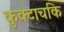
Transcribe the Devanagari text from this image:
कुक्टाचकि